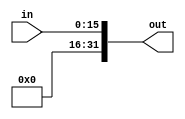
`timescale 1ns / 1ps

module NoSignExtend #(parameter WIDTH1=16, WIDTH2=32)
   (
    input [WIDTH1-1:0]  in,
    output [WIDTH2-1:0] out
    );

   assign out={{WIDTH2-WIDTH1{1'b0}},in};

endmodule // NoSignExtend